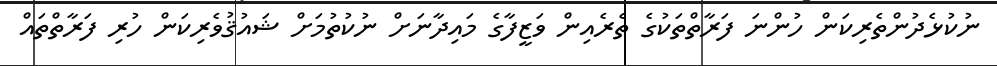
ނުކުޅެދުންތެރިކަން ހުންނަ ފަރާތްތަކުގެ ތެރެއިން ވަޒީފާގެ މައިދާނަށް ނުކުތުމަށް ޝައުޤުވެރިކަން ހުރި ފަރާތްތައް